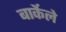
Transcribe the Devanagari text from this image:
बार्केले